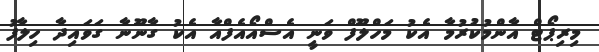
މިރިޕޯޓް އާންމުކުރުމާ އެކު މަހްލޫފް ވަނީ އެސްއޯއެފްއާ އެކު ގާނޫނާ ގަވައިދާ ހިލާފު